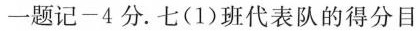
一题记-4分。七(1)班代表队的得分目